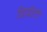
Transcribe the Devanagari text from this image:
डिग्रीटी